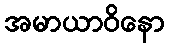
အမာယာဝိနော